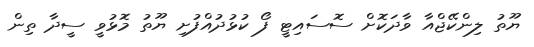
ޔޫތު ލިންކޭޖްއާ ވާދަކޮށް ސޮސައިޓީ ފޯ ކުޅުދުއްފުށި ޔޫތު މޮޅުވީ ސީދާ ތިން